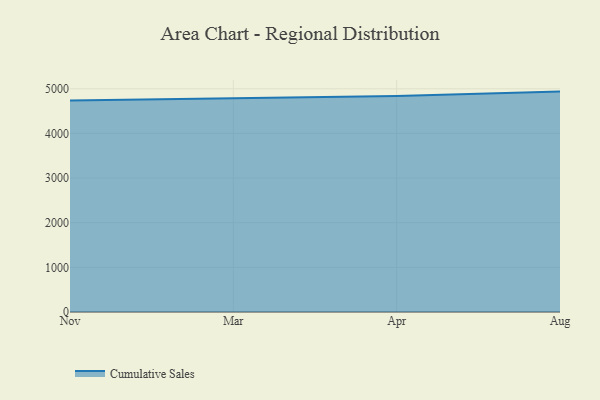
{"axis": {"x": "Month", "y": "Demand Index"}, "legend": ["Cumulative Sales"], "data": [{"x": "Nov", "y": 4738.3, "type": "Cumulative Sales"}, {"x": "Mar", "y": 4779.7, "type": "Cumulative Sales"}, {"x": "Apr", "y": 4837.0, "type": "Cumulative Sales"}, {"x": "Aug", "y": 4936.8, "type": "Cumulative Sales"}]}